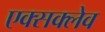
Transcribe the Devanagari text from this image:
एक्सक्लेव